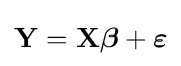
\mathbf {Y} =\mathbf {X} {\boldsymbol {\beta }}+{\boldsymbol {\varepsilon }}